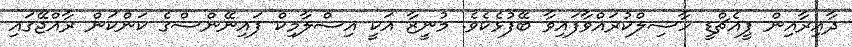
ދާއިރާއިން ޕީއެޗްޑީ ހާސިލްކުރައްވާފައިވާ ބޭފުޅެކެވެ. މުނީޒާ އަކީ އިސްލާމިކް ފައިނޭންސްގެ ކަންކަން ރާއްޖޭގައި